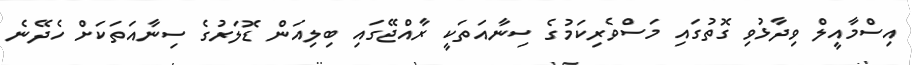
އިސްމާއީލް ވިދާޅުވި ގޮތުގައި މަސްވެރިކަމުގެ ސިނާއަތަކީ ރާއްޖޭގައި ބިލިއަން ޑޮލަރުގެ ސިނާއަތަކަށް ހެދޭނެ